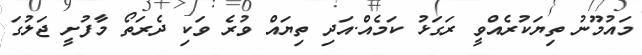
މައުމޫނު ތިޔަކުރެއްވީ ރަގަޅު ކަމެއް.އަދި ތިޔައް ވުރެ ވަކި ދެރަތޯ މާފުށީ ޖަލުގަ